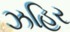
ઝહિર